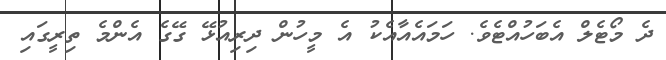
ދެ މޯޓެލް އެބަހުއްޓެވެ. ހަމައެއާއެކު އެ މީހުން ދިރިއުޅޭ ގޭގެ އެންމެ ތިރީގައި